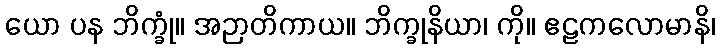
ယော ပန ဘိက္ခုံ။ အဉာတိကာယ။ ဘိက္ခုနိယာ၊ ကို။ ဧဠကလောမာနိ၊